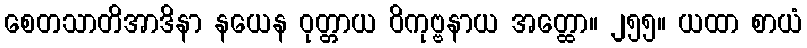
စေတသာတိအာဒိနာ နယေန ဝုတ္တာယ ဝိကုဗ္ဗနာယ အတ္ထော။ ၂၅၅။ ယထာ စာယံ